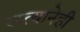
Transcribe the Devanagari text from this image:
रस्त्यानेही